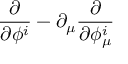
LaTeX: \frac { \partial } { \partial \phi ^ { i } } - \partial _ { \mu } \frac { \partial } { \partial \phi _ { \mu } ^ { i } }